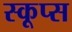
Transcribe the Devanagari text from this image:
स्कूप्स